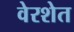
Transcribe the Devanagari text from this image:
वेरशेत